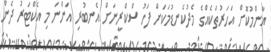
އާންމުކޮށް އަހަރުތަކެއްގެ މެދުކެނޑުމަކަށް ފަހު ސްކްރީނަށް އެނބުރި އަންނަ މި އެކްޓަރު ދެން